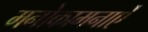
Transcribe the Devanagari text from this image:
मनोकामनाऐं